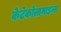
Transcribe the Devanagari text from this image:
केटेकोलामाइन्स